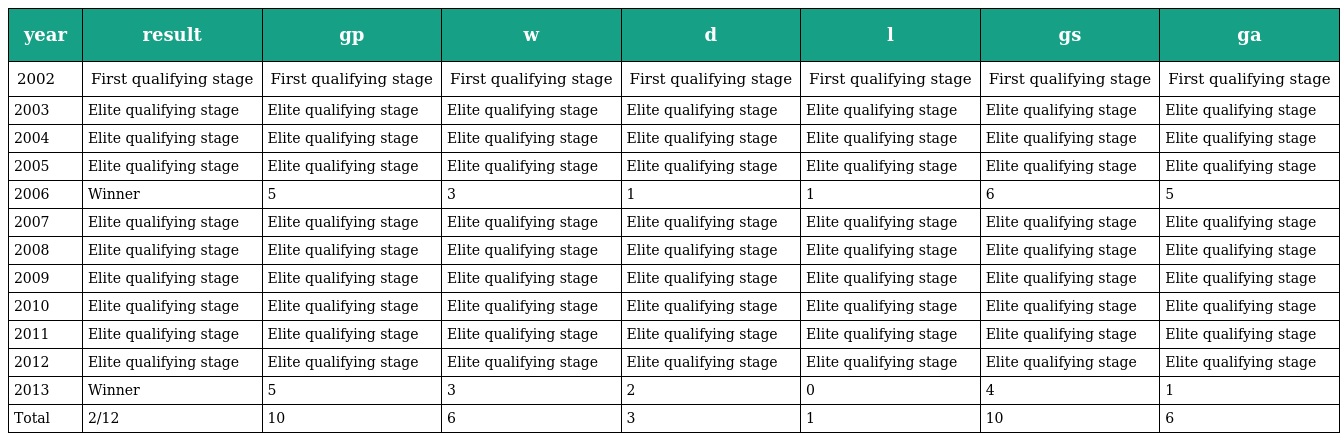
| year | result | gp | w | d | l | gs | ga |
 | --- | --- | --- | --- | --- | --- | --- | --- |
 | 2002 | First qualifying stage | First qualifying stage | First qualifying stage | First qualifying stage | First qualifying stage | First qualifying stage | First qualifying stage |
 | 2003 | Elite qualifying stage | Elite qualifying stage | Elite qualifying stage | Elite qualifying stage | Elite qualifying stage | Elite qualifying stage | Elite qualifying stage |
 | 2004 | Elite qualifying stage | Elite qualifying stage | Elite qualifying stage | Elite qualifying stage | Elite qualifying stage | Elite qualifying stage | Elite qualifying stage |
 | 2005 | Elite qualifying stage | Elite qualifying stage | Elite qualifying stage | Elite qualifying stage | Elite qualifying stage | Elite qualifying stage | Elite qualifying stage |
 | 2006 | Winner | 5 | 3 | 1 | 1 | 6 | 5 |
 | 2007 | Elite qualifying stage | Elite qualifying stage | Elite qualifying stage | Elite qualifying stage | Elite qualifying stage | Elite qualifying stage | Elite qualifying stage |
 | 2008 | Elite qualifying stage | Elite qualifying stage | Elite qualifying stage | Elite qualifying stage | Elite qualifying stage | Elite qualifying stage | Elite qualifying stage |
 | 2009 | Elite qualifying stage | Elite qualifying stage | Elite qualifying stage | Elite qualifying stage | Elite qualifying stage | Elite qualifying stage | Elite qualifying stage |
 | 2010 | Elite qualifying stage | Elite qualifying stage | Elite qualifying stage | Elite qualifying stage | Elite qualifying stage | Elite qualifying stage | Elite qualifying stage |
 | 2011 | Elite qualifying stage | Elite qualifying stage | Elite qualifying stage | Elite qualifying stage | Elite qualifying stage | Elite qualifying stage | Elite qualifying stage |
 | 2012 | Elite qualifying stage | Elite qualifying stage | Elite qualifying stage | Elite qualifying stage | Elite qualifying stage | Elite qualifying stage | Elite qualifying stage |
 | 2013 | Winner | 5 | 3 | 2 | 0 | 4 | 1 |
 | Total | 2/12 | 10 | 6 | 3 | 1 | 10 | 6 |